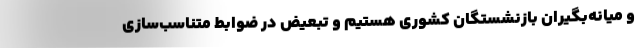
و میانه‌بگیران بازنشستگان کشوری هستیم و تبعیض در ضوابط متناسب‌سازی